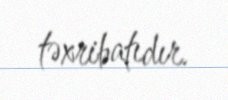
təxribatıdır.